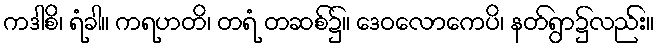
ကဒါစိ၊ ရံခါ။ ကရဟတိ၊ တရံ တဆစ်၌။ ဒေဝလောကေပိ၊ နတ်ရွာ၌လည်း။